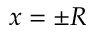
x = \pm R